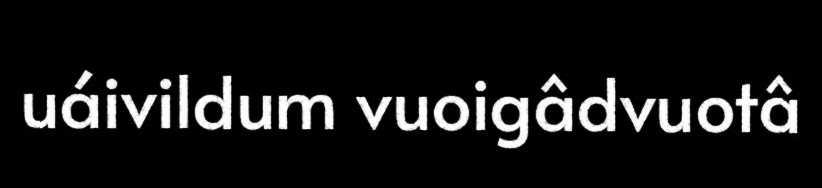
uáivildum vuoigâdvuotâ